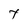
Character: t